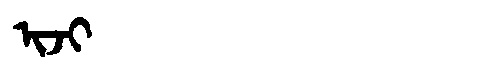
Manchu: ᡳᠵᡳ
Romanization: IJI